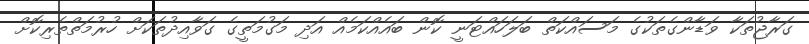
ގަރާޖުތަކާ ވަޑާންގެތަކުގެ މަސައްކަތް ބަލަހައްޓަނީ ކޮން ބައެއްކަމެއް އަދި މަގުމަތީގެ ގަވާއިދުތަކަށް ހުރުމަތްތެރިކޮށް